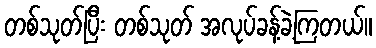
တစ်သုတ်ပြီး တစ်သုတ် အလုပ်ခန့်ခဲ့ကြတယ်။